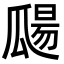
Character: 㼒